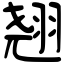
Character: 翘